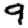
Digit: 9